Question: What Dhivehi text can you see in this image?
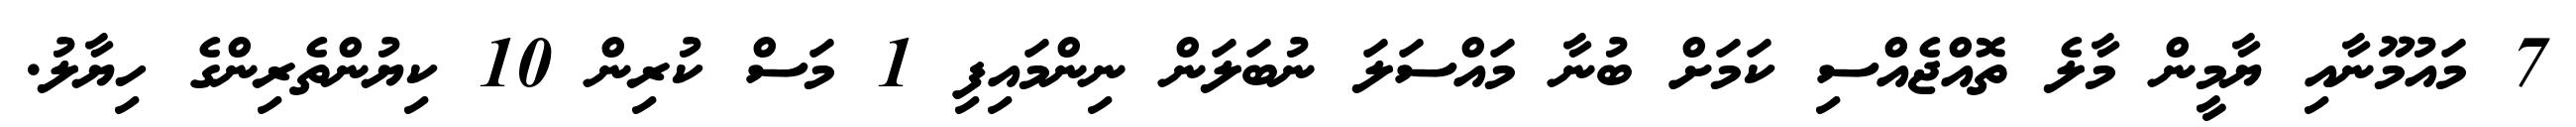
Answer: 7 މައުމޫނާއި ޔާމީން މާލެ ތޮއްޖެއްސި ކަމަށް ބުނާ މައްސަލަ ނުބަލަން ނިންމައިފި 1 މަސް ކުރިން 10 ކިޔުންތެރިންގެ ހިޔާލު.